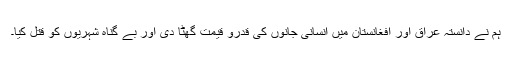
ہم نے دانستہ عراق اور افغانستان میں انسانی جانوں کی قدرو قیمت گھٹا دی اور بے گناہ شہریوں کو قتل کیا۔